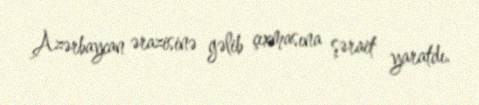
Azərbaycan ərazisinə gəlib çıxmasına şərait yaratdı.